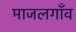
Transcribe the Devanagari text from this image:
माजलगाँव